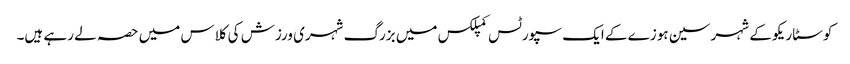
کوسٹا ریکو کے شہر سین ہوزے کے ایک سپورٹس کمپلکس میں بزرگ شہری ورزش کی کلاس میں حصہ لے رہے ہیں۔